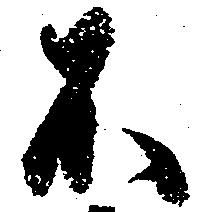
不